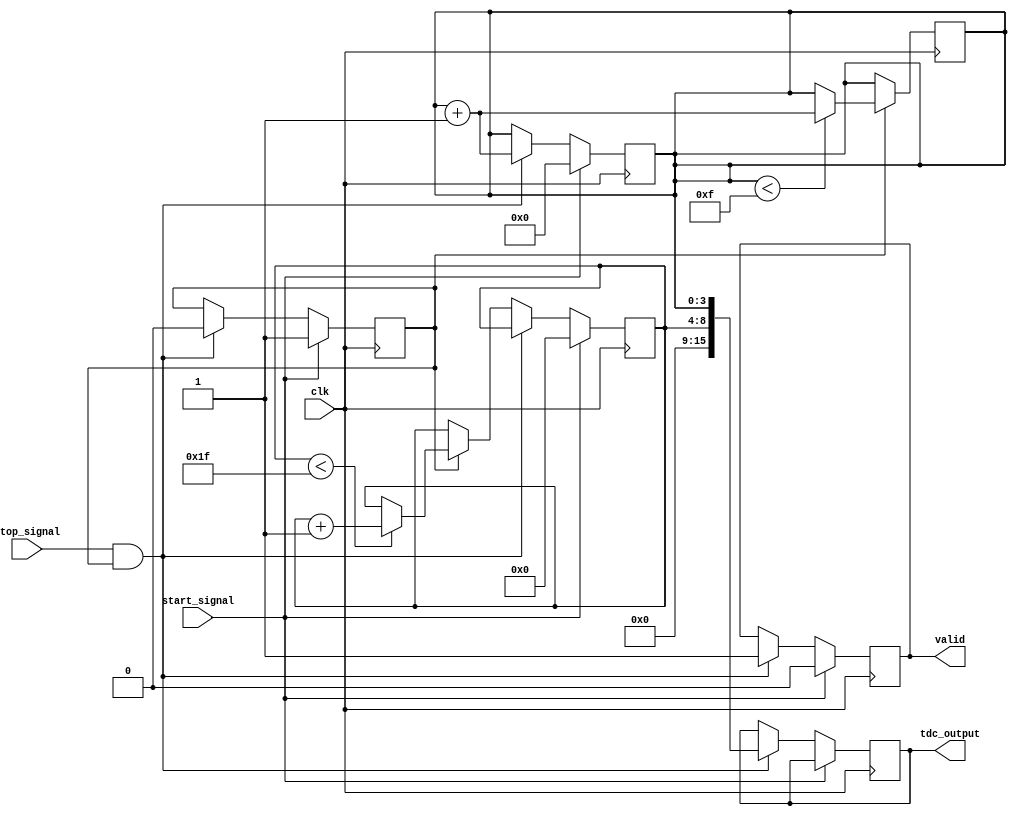
module TDC_Vernier (
    input wire clk,               // System clock
    input wire start_signal,      // Start pulse input
    input wire stop_signal,       // Stop pulse input
    output reg [15:0] tdc_output, // Output digital code (16-bit)
    output reg valid              // Output valid signal
);

// Parameters for delay counts
parameter COARSE_DELAY_COUNT = 32; // Number of coarse delay elements
parameter FINE_DELAY_COUNT = 16;    // Number of fine delay elements

// Coarse and Fine Delay Lines
reg [COARSE_DELAY_COUNT-1:0] coarse_delay_line;
reg [FINE_DELAY_COUNT-1:0] fine_delay_line;

// Control Signals
reg measuring = 0;
reg [4:0] coarse_index; // Index for coarse delay
reg [3:0] fine_index;   // Index for fine delay

// Sequential Logic for Triggering and Measurement
always @(posedge clk) begin
    if (start_signal) begin
        // Start measuring, reset indices
        measuring <= 1;
        coarse_index <= 0;
        fine_index <= 0;
        valid <= 0;

        // Activate coarse delay line
        coarse_delay_line <= 1 << coarse_index; // Select first delay element
    end
    else if (stop_signal && measuring) begin
        // Stop measuring, activate fine delay line
        measuring <= 0;
        
        // Read fine delay line value
        fine_index <= fine_index + 1;
        
        // Calculate final output
        tdc_output <= {coarse_index, fine_index}; // Combine indices for output
        valid <= 1; // Signal valid output
    end
    else if (measuring) begin
        // Keep incrementing coarse delay line
        if (coarse_index < COARSE_DELAY_COUNT - 1) begin
            coarse_index <= coarse_index + 1;
            coarse_delay_line <= 1 << coarse_index; // Move to next coarse delay
        end
    end
end

// Fine delay line functionality (example, could be a more complex implementation)
always @(posedge clk) begin
    if (measuring) begin
        // Simulate fine timing measurement (this can be more complex)
        fine_index <= (fine_index < FINE_DELAY_COUNT - 1) ? fine_index + 1 : fine_index;
    end
end

endmodule